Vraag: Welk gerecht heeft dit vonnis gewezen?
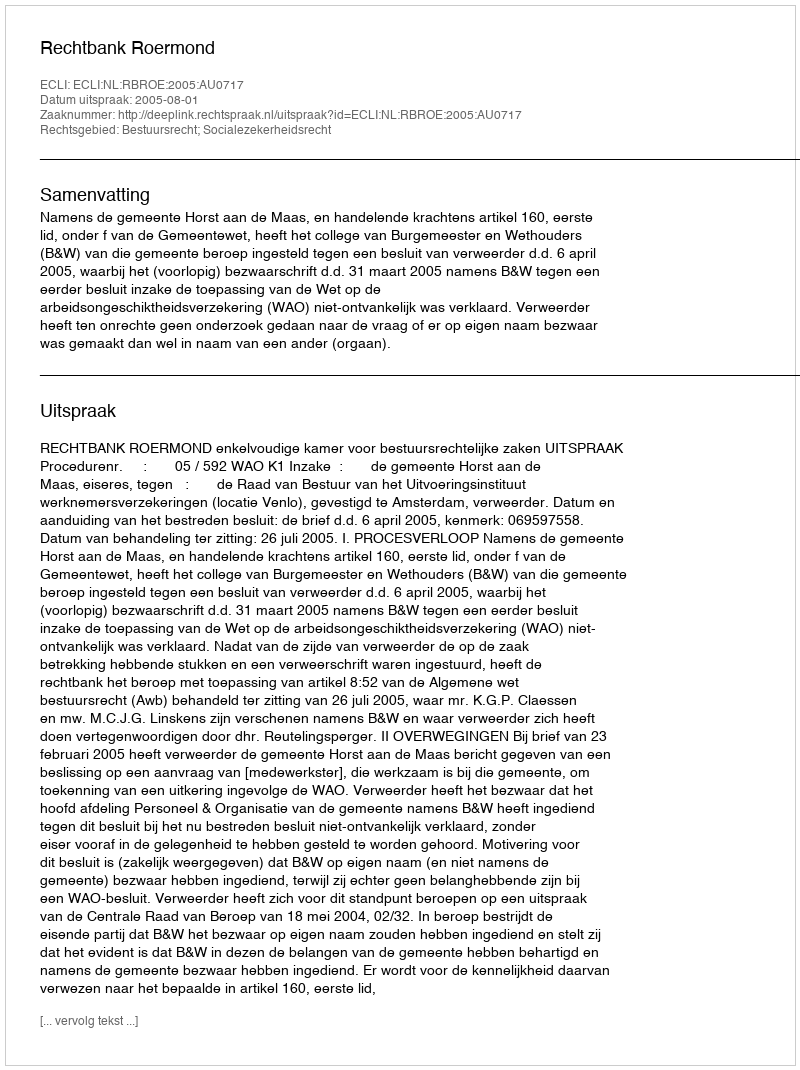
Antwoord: Rechtbank Roermond